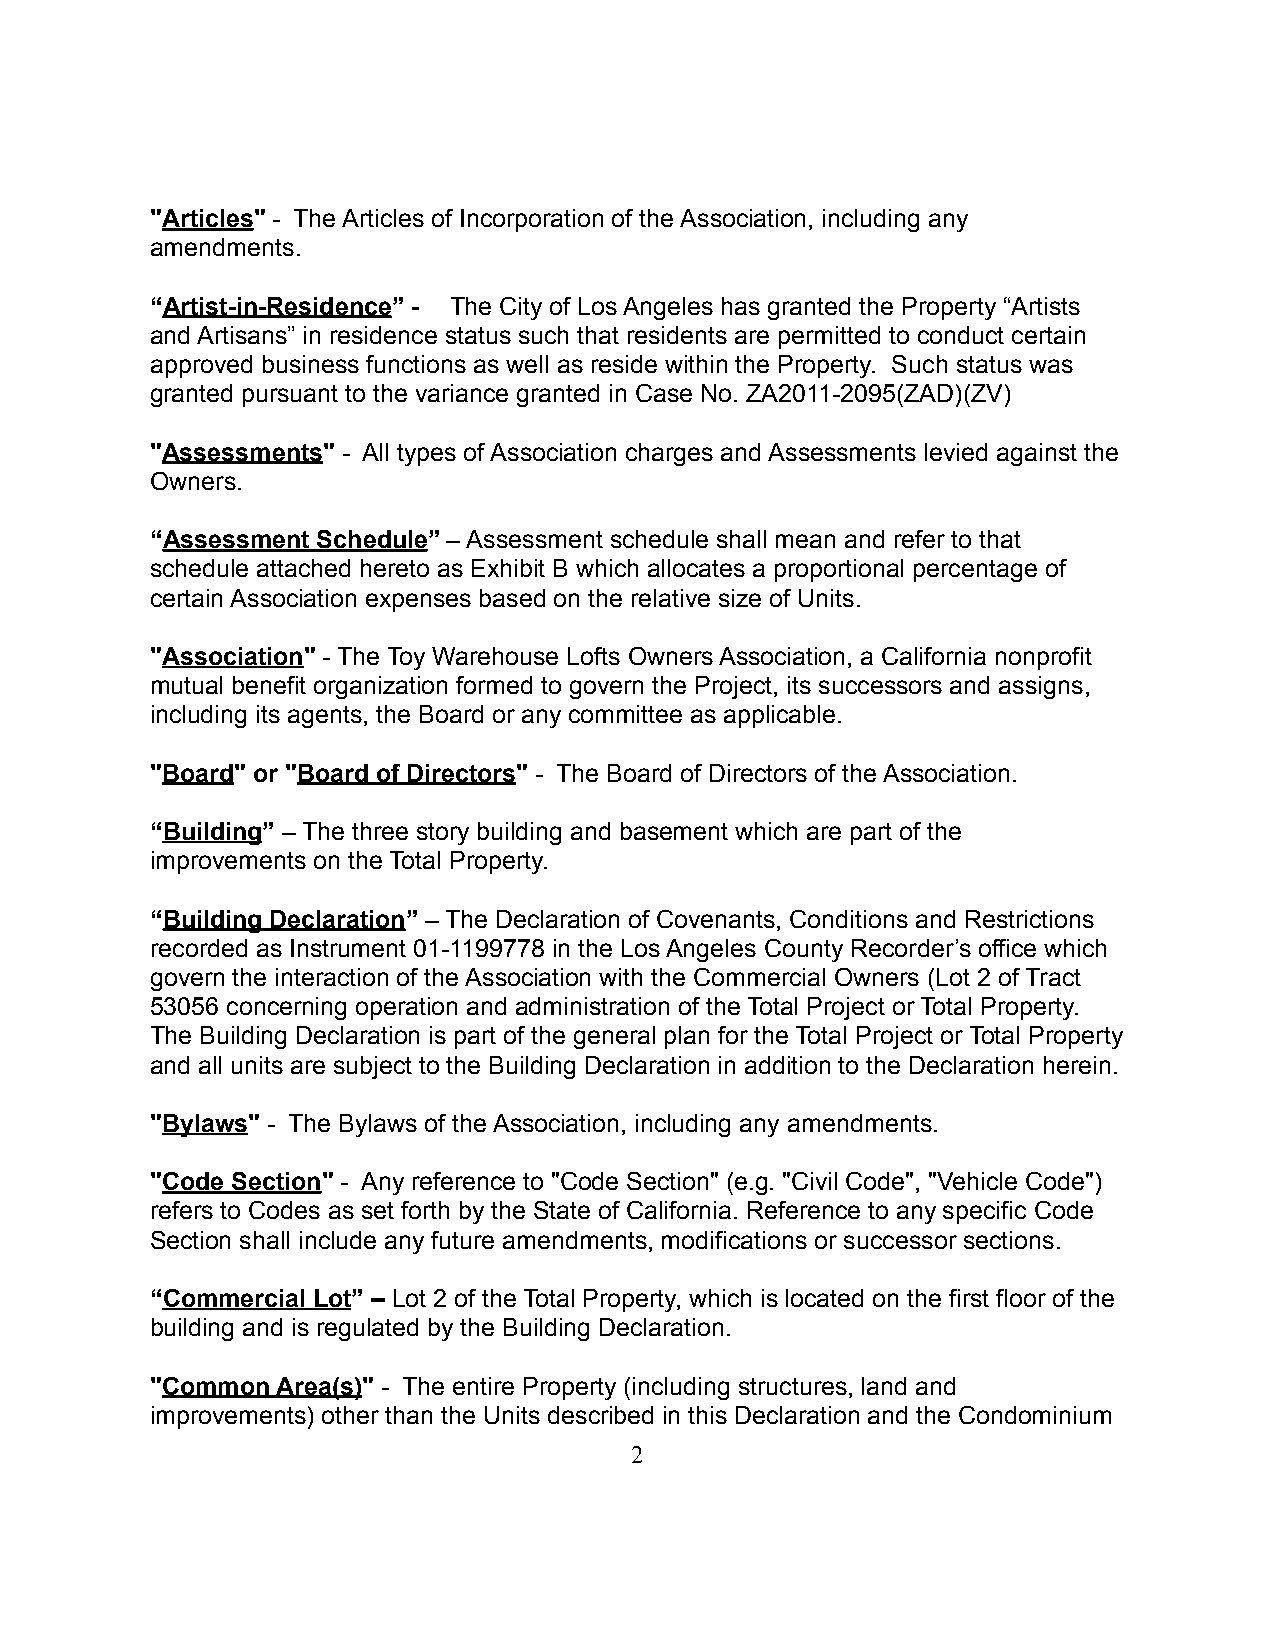
"Articles" - The Articles of Incorporation of the Association, including any
 amendments.
 “Artist-in-Residence” - The City of Los Angeles has granted the Property “Artists
 and Artisans” in residence status such that residents are permitted to conduct certain
 approved business functions as well as reside within the Property. Such status was
 granted pursuant to the variance granted in Case No. ZA2011-2095(ZAD)(ZV)
 "Assessments" - All types of Association charges and Assessments levied against the
 Owners.
 “Assessment Schedule” – Assessment schedule shall mean and refer to that
 schedule attached hereto as Exhibit B which allocates a proportional percentage of
 certain Association expenses based on the relative size of Units.
 "Association" - The Toy Warehouse Lofts Owners Association, a California nonprofit
 mutual benefit organization formed to govern the Project, its successors and assigns,
 including its agents, the Board or any committee as applicable.
 "Board" or "Board of Directors" - The Board of Directors of the Association.
 “Building” – The three story building and basement which are part of the
 improvements on the Total Property.
 “Building Declaration” – The Declaration of Covenants, Conditions and Restrictions
 recorded as Instrument 01-1199778 in the Los Angeles County Recorder’s office which
 govern the interaction of the Association with the Commercial Owners (Lot 2 of Tract
 53056 concerning operation and administration of the Total Project or Total Property.
 The Building Declaration is part of the general plan for the Total Project or Total Property
 and all units are subject to the Building Declaration in addition to the Declaration herein.
 "Bylaws" - The Bylaws of the Association, including any amendments.
 "Code Section" - Any reference to "Code Section" (e.g. "Civil Code", "Vehicle Code")
 refers to Codes as set forth by the State of California. Reference to any specific Code
 Section shall include any future amendments, modifications or successor sections.
 “Commercial Lot” – Lot 2 of the Total Property, which is located on the first floor of the
 building and is regulated by the Building Declaration.
 "Common Area(s)" - The entire Property (including structures, land and
 improvements) other than the Units described in this Declaration and the Condominium
 2